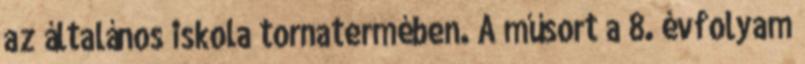
az általános iskola tornatermében. A műsort a 8. évfolyam